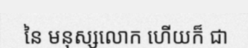
នៃ មនុស្សលោក ហើយក៏ ជា